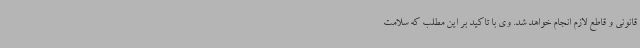
قانونی و قاطع لازم انجام خواهد شد. وی با تاکید بر این مطلب که سلامت